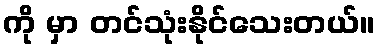
ကို မှာ တင်သုံးနိုင်သေးတယ်။